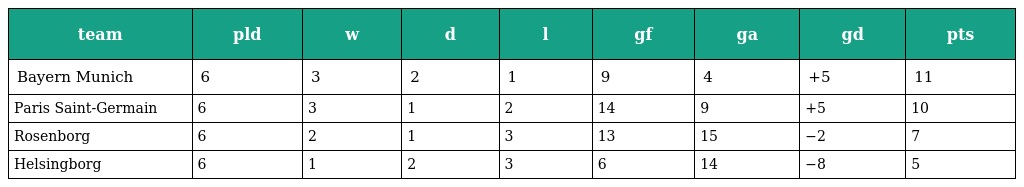
| team | pld | w | d | l | gf | ga | gd | pts |
 | --- | --- | --- | --- | --- | --- | --- | --- | --- |
 | Bayern Munich | 6 | 3 | 2 | 1 | 9 | 4 | +5 | 11 |
 | Paris Saint-Germain | 6 | 3 | 1 | 2 | 14 | 9 | +5 | 10 |
 | Rosenborg | 6 | 2 | 1 | 3 | 13 | 15 | −2 | 7 |
 | Helsingborg | 6 | 1 | 2 | 3 | 6 | 14 | −8 | 5 |